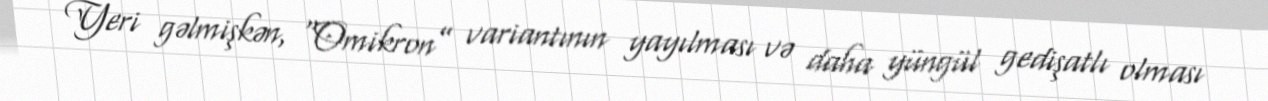
Yeri gəlmişkən, “Omikron” variantının yayılması və daha yüngül gedişatlı olması